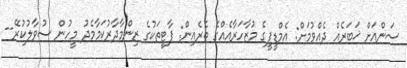
ސަންއަށް ޚަބަރެއް ދެއްވުމަށް: އެމްޑީޕީގެ މުޒާހަރާއެއްގެ ތެރެއިން: ޕާޓީތަކުގެ ޒިންމާދާރުކަމާމެދު މީހުން ސުވާލުކުރޭ--